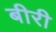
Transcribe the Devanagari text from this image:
बीरी